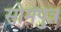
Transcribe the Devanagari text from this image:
सोमपुत्र